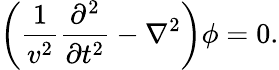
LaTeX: \left(\frac{1}{v^{2}}\frac{\partial^{2}}{\partial t^{2}}-\nabla^{2}\right)\phi=0.